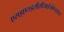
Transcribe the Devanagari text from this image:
एसइएलइसीसीआईओएनइएस